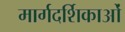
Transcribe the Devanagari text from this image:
मार्गदर्शिकाओं